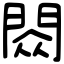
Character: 閦